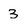
Character: 3